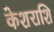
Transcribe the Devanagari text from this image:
केशराशि